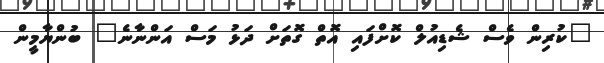
"ކުރިން ވެސް ޝެޑިއުލް ކޮށްފައި އޮތް ގޮތަށް ދަޅު މަސް އަންނާނެ" ބުންޔާމީން